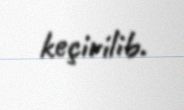
keçirilib.